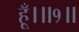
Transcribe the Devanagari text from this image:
हूँ।॥१॥